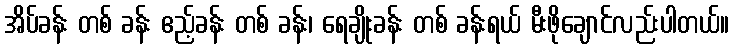
အိပ်ခန်း တစ် ခန်း ဧည့်ခန်း တစ် ခန်း၊ ရေချိုးခန်း တစ် ခန်းရယ် မီးဖိုချောင်လည်းပါတယ်။